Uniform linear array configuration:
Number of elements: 64
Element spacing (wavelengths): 0.25
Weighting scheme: hamming
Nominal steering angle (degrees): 15
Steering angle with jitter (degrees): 15.636
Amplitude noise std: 0.05
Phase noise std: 0.05

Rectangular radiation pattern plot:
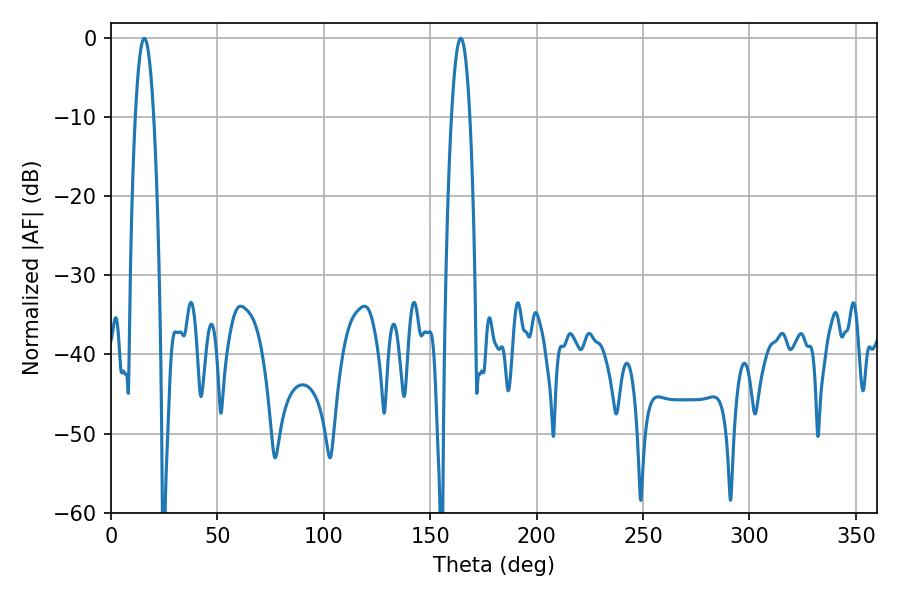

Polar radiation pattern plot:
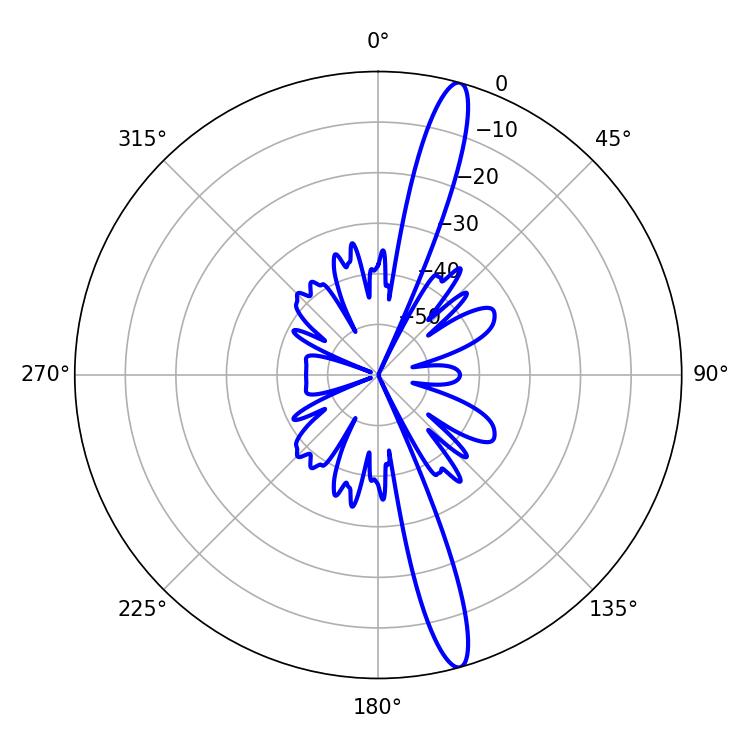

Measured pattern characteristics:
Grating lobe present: FALSE
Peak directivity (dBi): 16.135
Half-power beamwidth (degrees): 4.68
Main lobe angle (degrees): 15.66